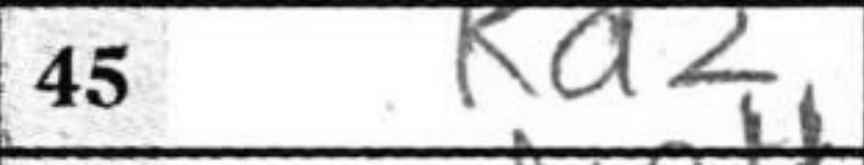
Transcription: Kd2